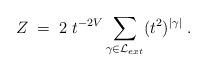
LaTeX: \begin{align*}Z \; = \; 2 \; t^{-2V} \sum_{\gamma \in {\cal L}_{ext} } (t^2)^{|\gamma|} \; .\end{align*}